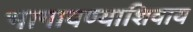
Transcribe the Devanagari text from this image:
भागावण्याशिवाय